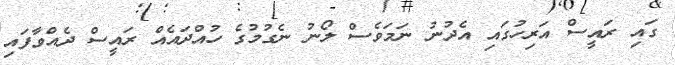
ގައި ރައީސް އަރިހުގައި އެދުނު ނަމަވެސް ލޯނު ނެގުމުގެ ހުއްދައެއް ރައީސް ދެއްވާފައި